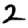
Digit: 2